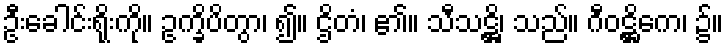
ဦးခေါင်းရိုးကို။ ဥက္ခိပိတွာ၊ ၍။ ဌိတံ၊ ၏။ သီသဋ္ဌိ၊ သည်။ ဂီဝဋ္ဌိကေ၊ ၌။